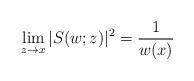
LaTeX: \begin{align*}\lim_{z\rightarrow x}|S(w;z)|^2=\frac{1}{w(x)}\end{align*}